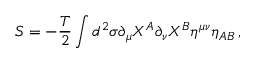
S = - \frac { T } { 2 } \int d ^ { 2 } \sigma \partial _ { \mu } X ^ { A } \partial _ { \nu } X ^ { B } \eta ^ { \mu \nu } \eta _ { A B } \, ,